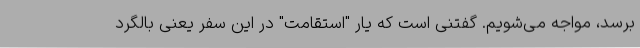
برسد، مواجه می‌شویم. گفتنی است که یار "استقامت" در این سفر یعنی بالگرد